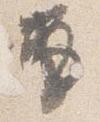
兼